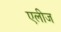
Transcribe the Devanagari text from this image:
एलीज